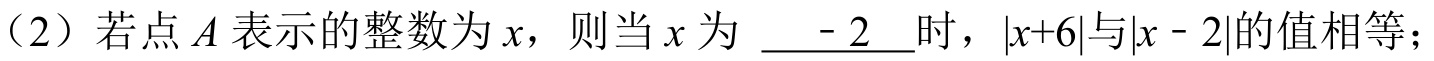
（2）若点\(A\)表示的整数为\(x\)，则当\(x\)为 \underline{ - 2 }时，\(\vert x + 6\vert\)与\(\vert x - 2\vert\)的值相等；